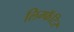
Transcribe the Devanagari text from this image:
लिम्फॅटिर